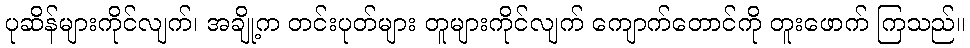
ပုဆိန်များကိုင်လျက်၊ အချို့က တင်းပုတ်များ တူများကိုင်လျက် ကျောက်တောင်ကို တူးဖောက် ကြသည်။